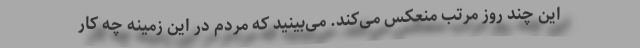
این چند روز مرتب منعکس می‌کند. می‌بینید که مردم در این زمینه چه کار